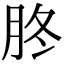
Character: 𦙭